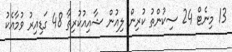
13 މިނެޓް 24 ސިކުންތު ކުރިން ލިއުން ޝާއިއުކުރިތާ 48 ގަޑިއިރު ވުމާއެކު